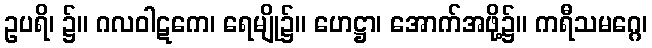
ဥပရိ၊ ၌။ ဂလဝါဋကေ၊ ရေမျို၌။ ဟေဋ္ဌာ၊ အောက်အဖို့၌။ ကရီသမဂ္ဂေ၊